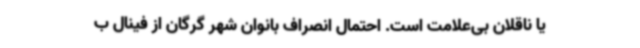
یا ناقلان بی‌علامت است. احتمال انصراف بانوان شهر گرگان از فینال ب